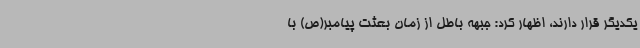
یکدیگر قرار دارند، اظهار کرد: جبهه باطل از زمان بعثت پیامبر(ص) با